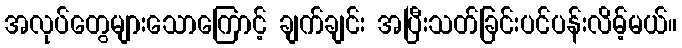
အလုပ်တွေများသောကြောင့် ချက်ချင်း အပြီးသတ်ခြင်းပင်ပန်းလိမ့်မယ်။